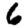
Digit: 6